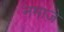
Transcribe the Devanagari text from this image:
नमाजे़